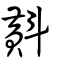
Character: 斢